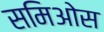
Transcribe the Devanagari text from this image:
समिओस